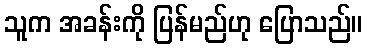
သူက အခန်းကို ပြန်မည်ဟု ပြောသည်။